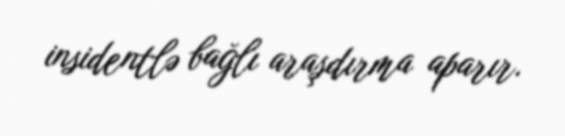
insidentlə bağlı araşdırma aparır.